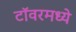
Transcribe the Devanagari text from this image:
टॉवरमध्ये